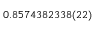
0 . 8 5 7 4 3 8 2 3 3 8 ( 2 2 )